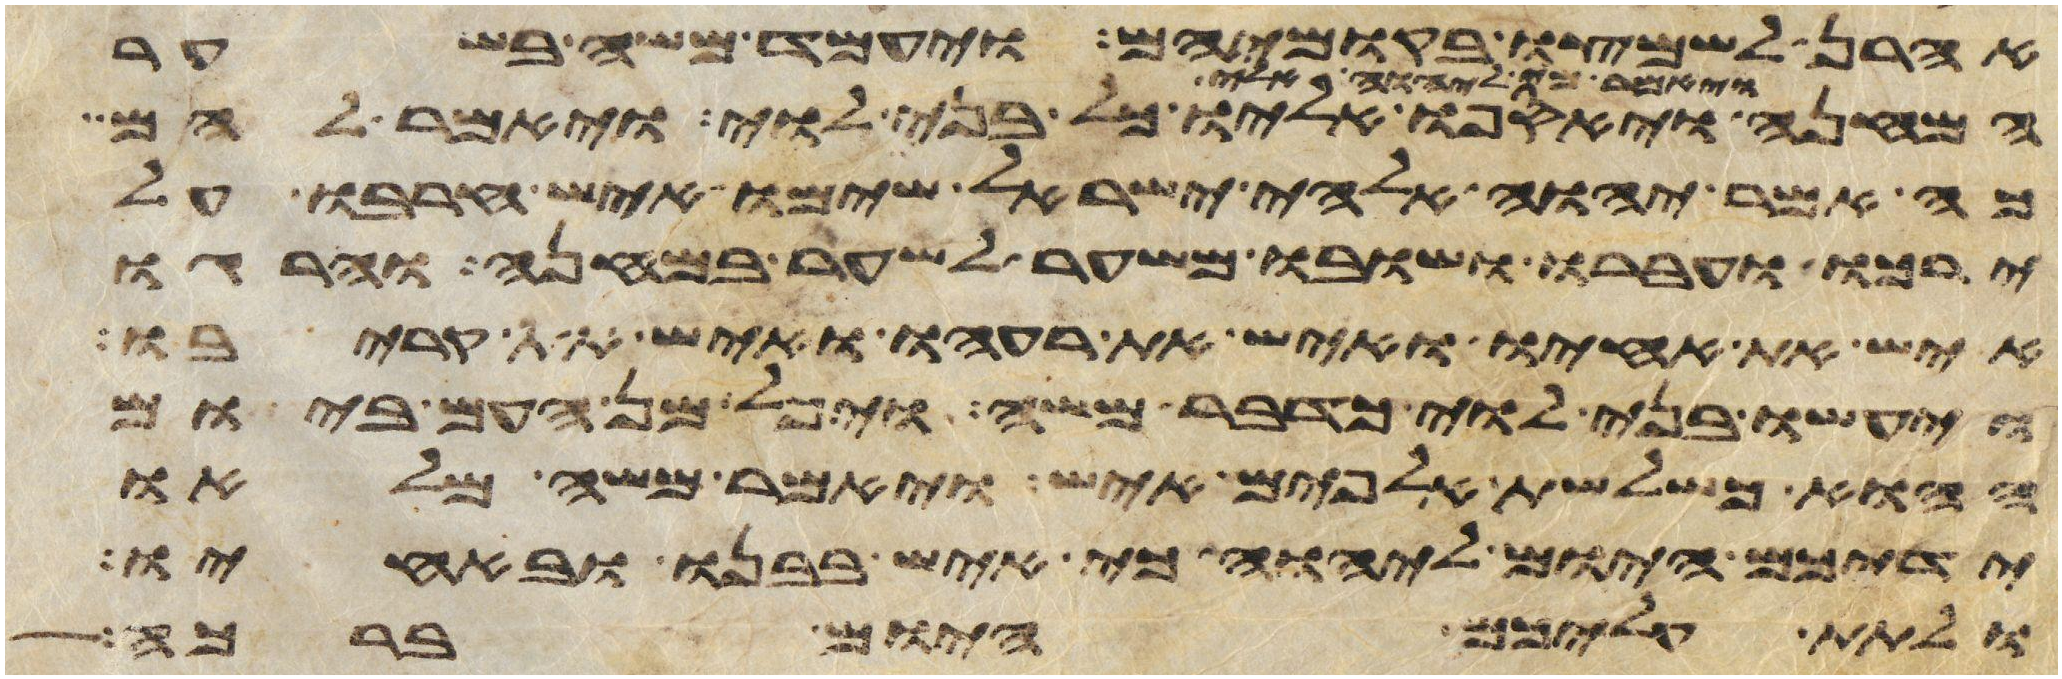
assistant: אהרן לשמצו בקומיהם ויעמד משה בשער
ויאספו אליו כל בני לוי ויאמר להם
כה אמר יהוה אלהי ישראל שימו איש חרבו על
ירכו ועברו ושובו משער לשער במחנה והרגו
איש את אחיו ואיש את רעהו ואיש את קריבו
ויעשו בני לוי כדבר משה ויפל מן העם ביום
ההוא כשלשת אלפים איש ויאמר משה מלאו
ידיכם היום ליהוה כי איש בבנו ובאחיו
ולתת עליכם היום ברכה